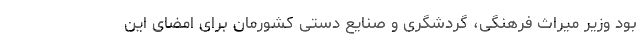
بود وزیر میراث فرهنگی، گردشگری و صنایع دستی کشورمان برای امضای این